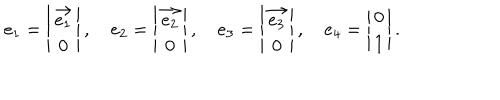
e _ { 1 } = \left| \begin{array} { c } { { \overrightarrow { e _ { 1 } } } } \\ { { 0 } } \\ \end{array} \right| , \quad e _ { 2 } = \left| \begin{array} { c } { { \overrightarrow { e _ { 2 } } } } \\ { { 0 } } \\ \end{array} \right| , \quad e _ { 3 } = \left| \begin{array} { c } { { \overrightarrow { e _ { 3 } } } } \\ { { 0 } } \\ \end{array} \right| , \quad e _ { 4 } = \left| \begin{array} { c } { { 0 } } \\ { { 1 } } \\ \end{array} \right| .